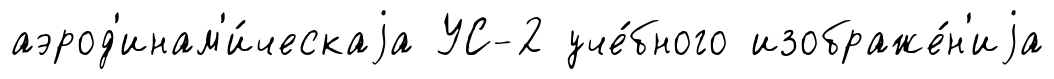
аэрод'инам'и́ческаjа УС-2 уче́бного изображе́н'иjа